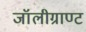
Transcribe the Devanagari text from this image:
जॉलीग्राण्ट